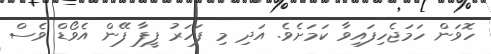
ހޮވަން ހަމަޖެހިފައިވާ ކަމަށެވެ. އަދި މި ފަހަރު ފީފާ ފޭން އެވޯޑް ވެސް